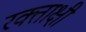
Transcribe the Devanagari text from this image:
रक्ताक्षी